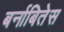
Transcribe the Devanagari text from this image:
बर्नाबितेस